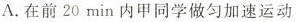
A.在前20min内甲同学做匀加速运动